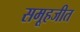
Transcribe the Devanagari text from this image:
समूहजीत